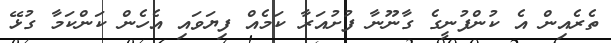
ތެރެއިން އެ ކުންފުނީގެ ގާނޫނާ ފުށުއަރާ ކަމެއް ފިޔަވައި އެހެން ކަންކަމާ ގުޅޭ